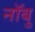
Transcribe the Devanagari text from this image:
नॉबु